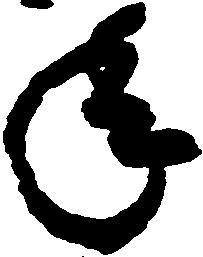
年